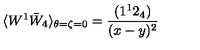
\langle W ^ { 1 } \bar { W } _ { 4 } \rangle _ { \theta = \zeta = 0 } = \frac { ( 1 ^ { 1 } 2 _ { 4 } ) } { ( x - y ) ^ { 2 } }